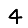
Digit: 4